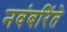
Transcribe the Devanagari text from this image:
नवंबरिंते